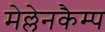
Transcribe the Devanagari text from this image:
मेल्लेनकैम्प